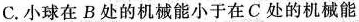
C.小球在B处的机械能小于在C处的机械能